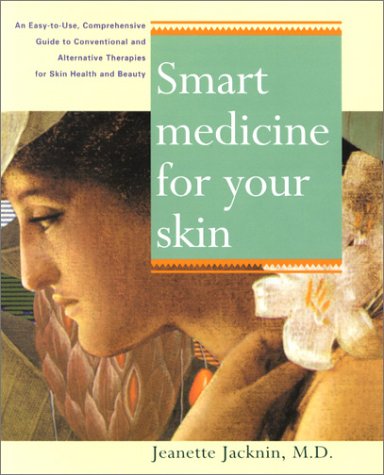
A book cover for Smart Medicine for Your Skin: An Easy Use comph GT undrstdg Conventional alt Therapies Heal Common Skin Proble; Jeanette Jacknin; Health, Fitness & Dieting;